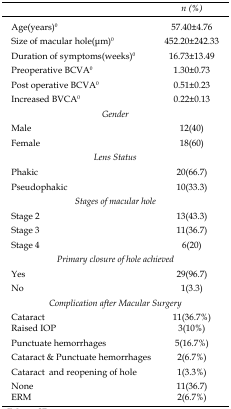
<table><thead><tr><td></td><td><b><i>n (%)</i></b></td></tr></thead><tbody><tr><td>Age(years)<sup>0</sup></td><td>57.40±4.76</td></tr><tr><td>Size of macular hole(μm)<sup>0</sup></td><td>452.20±242.33</td></tr><tr><td>Duration of symptoms(weeks)<sup>0</sup></td><td>16.73±13.49</td></tr><tr><td>Preoperative BCVA<sup>0</sup></td><td>1.30±0.73</td></tr><tr><td>Post operative BCVA<sup>0</sup></td><td>0.51±0.23</td></tr><tr><td>Increased BVCA<sup>0</sup></td><td>0.22±0.13</td></tr><tr><td colspan="2"><i>Gender</i></td></tr><tr><td>Male</td><td>12(40)</td></tr><tr><td>Female</td><td>18(60)</td></tr><tr><td colspan="2"><i>Lens Status</i></td></tr><tr><td>Phakic</td><td>20(66.7)</td></tr><tr><td>Pseudophakic</td><td>10(33.3)</td></tr><tr><td colspan="2"><i>Stages of macular hole</i></td></tr><tr><td>Stage 2</td><td>13(43.3)</td></tr><tr><td>Stage 3</td><td>11(36.7)</td></tr><tr><td>Stage 4</td><td>6(20)</td></tr><tr><td colspan="2"><i>Primary closure of hole achieved</i></td></tr><tr><td>Yes</td><td>29(96.7)</td></tr><tr><td>No</td><td>1(3.3)</td></tr><tr><td colspan="2"><i>Complication after Macular Surgery</i></td></tr><tr><td>Cataract</td><td>11(36.7%)</td></tr><tr><td>Raised IOP</td><td>3(10%)</td></tr><tr><td>Punctuate hemorrhages</td><td>5(16.7%)</td></tr><tr><td>Cataract &amp; Punctuate hemorrhages</td><td>2(6.7%)</td></tr><tr><td>Cataract and reopening of hole</td><td>1(3.3%)</td></tr><tr><td>None</td><td>11(36.7)</td></tr><tr><td>ERM</td><td>2(6.7%)</td></tr></tbody></table>